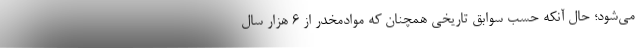
می‌شود؛ حال آنکه حسب سوابق تاریخی همچنان که موادمخدر از ۶ هزار سال